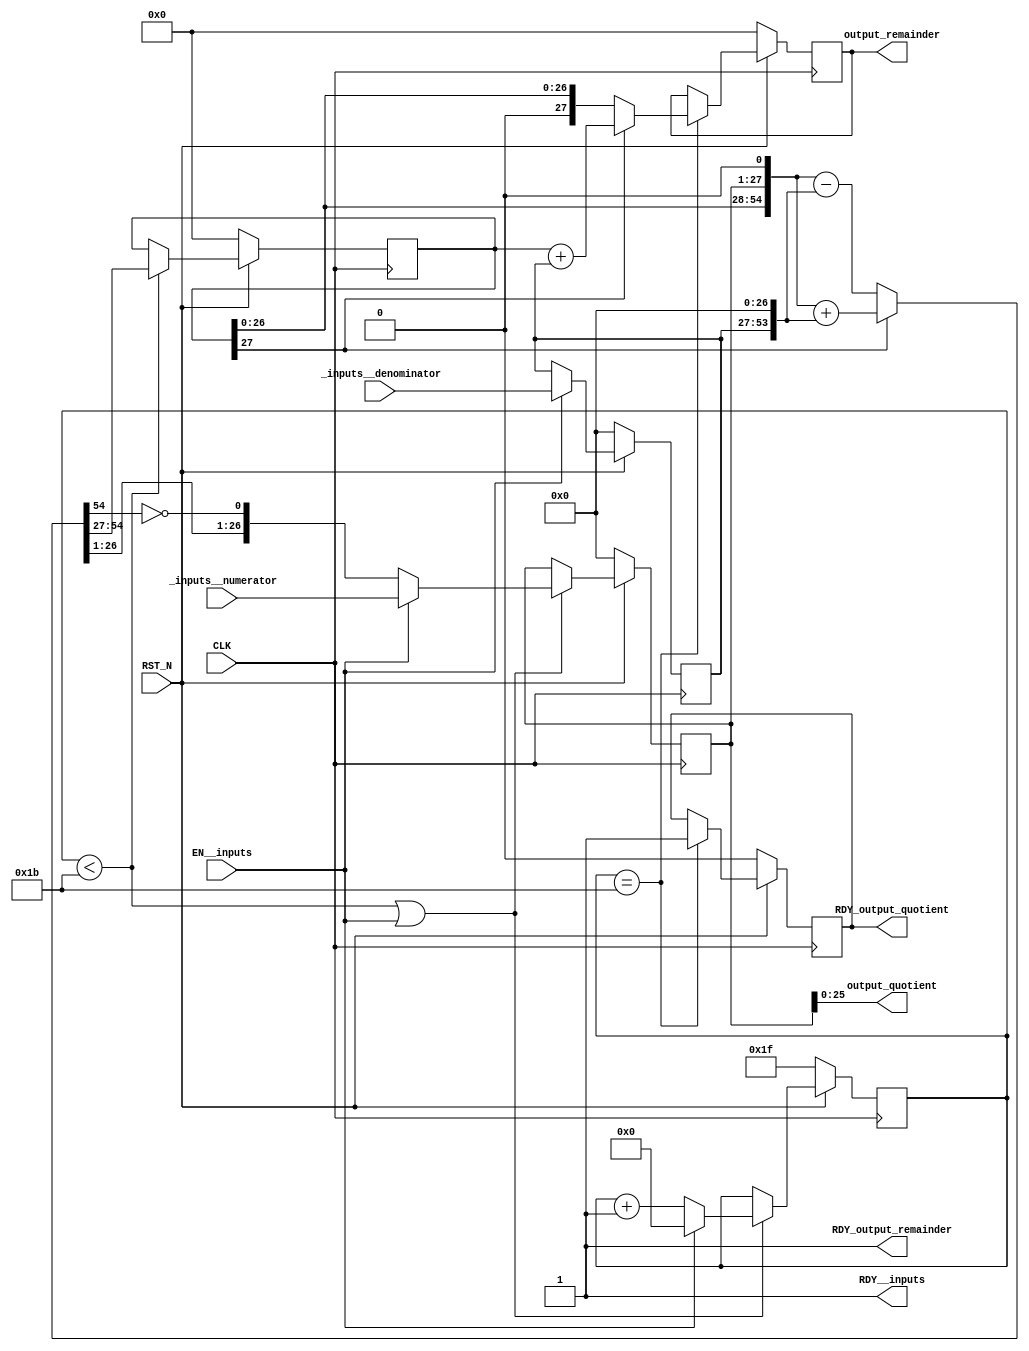
//
// Generated by Bluespec Compiler, version 2014.07.A (build 34078, 2014-07-30)
//
// On Fri Jan 22 01:17:36 IST 2016
//
//
// Ports:
// Name                         I/O  size props
// RDY__inputs                    O     1 const
// output_quotient                O    26 reg
// RDY_output_quotient            O     1 reg
// output_remainder               O    28 reg
// RDY_output_remainder           O     1 const
// CLK                            I     1 clock
// RST_N                          I     1 reset
// _inputs__denominator           I    27 reg
// _inputs__numerator             I    27
// EN__inputs                     I     1
//
// No combinational paths from inputs to outputs
//
//

`ifdef BSV_ASSIGNMENT_DELAY
`else
  `define BSV_ASSIGNMENT_DELAY
`endif

`ifdef BSV_POSITIVE_RESET
  `define BSV_RESET_VALUE 1'b1
  `define BSV_RESET_EDGE posedge
`else
  `define BSV_RESET_VALUE 1'b0
  `define BSV_RESET_EDGE negedge
`endif

module mkinteger_divider_for_spfdiv(CLK,
				    RST_N,

				    _inputs__denominator,
				    _inputs__numerator,
				    EN__inputs,
				    RDY__inputs,

				    output_quotient,
				    RDY_output_quotient,

				    output_remainder,
				    RDY_output_remainder);
  input  CLK;
  input  RST_N;

  // action method _inputs
  input  [26 : 0] _inputs__denominator;
  input  [26 : 0] _inputs__numerator;
  input  EN__inputs;
  output RDY__inputs;

  // value method output_quotient
  output [25 : 0] output_quotient;
  output RDY_output_quotient;

  // value method output_remainder
  output [27 : 0] output_remainder;
  output RDY_output_remainder;

  // signals for module outputs
  wire [27 : 0] output_remainder;
  wire [25 : 0] output_quotient;
  wire RDY__inputs, RDY_output_quotient, RDY_output_remainder;

  // register check
  reg check;
  wire check$D_IN, check$EN;

  // register count
  reg [4 : 0] count;
  wire [4 : 0] count$D_IN;
  wire count$EN;

  // register divisor
  reg [26 : 0] divisor;
  wire [26 : 0] divisor$D_IN;
  wire divisor$EN;

  // register finalRem
  reg [27 : 0] finalRem;
  wire [27 : 0] finalRem$D_IN;
  wire finalRem$EN;

  // register numerator
  reg [26 : 0] numerator;
  wire [26 : 0] numerator$D_IN;
  wire numerator$EN;

  // register remainder
  reg [27 : 0] remainder;
  wire [27 : 0] remainder$D_IN;
  wire remainder$EN;

  // rule scheduling signals
  wire CAN_FIRE_RL_rl_ff_stage,
       CAN_FIRE_RL_rl_ff_stage1,
       CAN_FIRE__inputs,
       WILL_FIRE_RL_rl_ff_stage,
       WILL_FIRE_RL_rl_ff_stage1,
       WILL_FIRE__inputs;

  // inputs to muxes for submodule ports
  wire [26 : 0] MUX_numerator$write_1__VAL_2;
  wire [4 : 0] MUX_count$write_1__VAL_2;

  // remaining internal signals
  wire [54 : 0] IF_remainder_BIT_27_THEN_remainder_BITS_26_TO__ETC___d12,
		x__h480,
		x__h497;
  wire [27 : 0] x__h677;

  // action method _inputs
  assign RDY__inputs = 1'd1 ;
  assign CAN_FIRE__inputs = 1'd1 ;
  assign WILL_FIRE__inputs = EN__inputs ;

  // value method output_quotient
  assign output_quotient = numerator[25:0] ;
  assign RDY_output_quotient = check ;

  // value method output_remainder
  assign output_remainder = finalRem ;
  assign RDY_output_remainder = 1'd1 ;

  // rule RL_rl_ff_stage
  assign CAN_FIRE_RL_rl_ff_stage = count < 5'd27 ;
  assign WILL_FIRE_RL_rl_ff_stage = CAN_FIRE_RL_rl_ff_stage ;

  // rule RL_rl_ff_stage1
  assign CAN_FIRE_RL_rl_ff_stage1 = count == 5'd27 ;
  assign WILL_FIRE_RL_rl_ff_stage1 = CAN_FIRE_RL_rl_ff_stage1 ;

  // inputs to muxes for submodule ports
  assign MUX_count$write_1__VAL_2 = count + 5'd1 ;
  assign MUX_numerator$write_1__VAL_2 =
	     { IF_remainder_BIT_27_THEN_remainder_BITS_26_TO__ETC___d12[26:1],
	       ~IF_remainder_BIT_27_THEN_remainder_BITS_26_TO__ETC___d12[54] } ;

  // register check
  assign check$D_IN = 1'd1 ;
  assign check$EN = CAN_FIRE_RL_rl_ff_stage1 ;

  // register count
  assign count$D_IN = EN__inputs ? 5'd0 : MUX_count$write_1__VAL_2 ;
  assign count$EN = WILL_FIRE_RL_rl_ff_stage || EN__inputs ;

  // register divisor
  assign divisor$D_IN = _inputs__denominator ;
  assign divisor$EN = EN__inputs ;

  // register finalRem
  assign finalRem$D_IN = remainder[27] ? x__h677 : remainder ;
  assign finalRem$EN = CAN_FIRE_RL_rl_ff_stage1 ;

  // register numerator
  assign numerator$D_IN =
	     EN__inputs ? _inputs__numerator : MUX_numerator$write_1__VAL_2 ;
  assign numerator$EN = EN__inputs || WILL_FIRE_RL_rl_ff_stage ;

  // register remainder
  assign remainder$D_IN =
	     IF_remainder_BIT_27_THEN_remainder_BITS_26_TO__ETC___d12[54:27] ;
  assign remainder$EN = CAN_FIRE_RL_rl_ff_stage ;

  // remaining internal signals
  assign IF_remainder_BIT_27_THEN_remainder_BITS_26_TO__ETC___d12 =
	     remainder[27] ? x__h497 : x__h480 ;
  assign x__h480 =
	     { remainder[26:0], numerator, 1'd0 } - { 1'b0, divisor, 27'b0 } ;
  assign x__h497 =
	     { remainder[26:0], numerator, 1'd0 } + { 1'b0, divisor, 27'b0 } ;
  assign x__h677 = remainder + { 1'b0, divisor } ;

  // handling of inlined registers

  always@(posedge CLK)
  begin
    if (RST_N == `BSV_RESET_VALUE)
      begin
        check <= `BSV_ASSIGNMENT_DELAY 1'd0;
	count <= `BSV_ASSIGNMENT_DELAY 5'd31;
	divisor <= `BSV_ASSIGNMENT_DELAY 27'd0;
	finalRem <= `BSV_ASSIGNMENT_DELAY 28'd0;
	numerator <= `BSV_ASSIGNMENT_DELAY 27'd0;
	remainder <= `BSV_ASSIGNMENT_DELAY 28'd0;
      end
    else
      begin
        if (check$EN) check <= `BSV_ASSIGNMENT_DELAY check$D_IN;
	if (count$EN) count <= `BSV_ASSIGNMENT_DELAY count$D_IN;
	if (divisor$EN) divisor <= `BSV_ASSIGNMENT_DELAY divisor$D_IN;
	if (finalRem$EN) finalRem <= `BSV_ASSIGNMENT_DELAY finalRem$D_IN;
	if (numerator$EN) numerator <= `BSV_ASSIGNMENT_DELAY numerator$D_IN;
	if (remainder$EN) remainder <= `BSV_ASSIGNMENT_DELAY remainder$D_IN;
      end
  end

  // synopsys translate_off
  `ifdef BSV_NO_INITIAL_BLOCKS
  `else // not BSV_NO_INITIAL_BLOCKS
  initial
  begin
    check = 1'h0;
    count = 5'h0A;
    divisor = 27'h2AAAAAA;
    finalRem = 28'hAAAAAAA;
    numerator = 27'h2AAAAAA;
    remainder = 28'hAAAAAAA;
  end
  `endif // BSV_NO_INITIAL_BLOCKS
  // synopsys translate_on

  // handling of system tasks

  // synopsys translate_off
  always@(negedge CLK)
  begin
    #0;
    if (RST_N != `BSV_RESET_VALUE)
      if (EN__inputs)
	$display("Nr: %b \nDr: %b", _inputs__numerator, _inputs__denominator);
  end
  // synopsys translate_on
endmodule  // mkinteger_divider_for_spfdiv